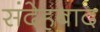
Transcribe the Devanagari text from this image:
संदेहबाद